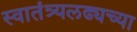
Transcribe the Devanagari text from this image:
स्वातंत्र्यलढ्यच्या